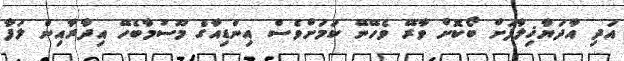
އަދި އާދަޔާޚިލާފަށް ބޯކޮށް ވާރޭ ވެހޭނޭ ކަމަށްވެސް އިންޑިއާގެ މޫސުމާބެހޭ އިދާރާއިން ލަފާ